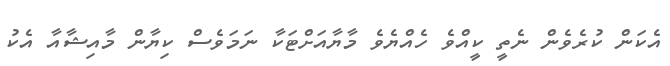
އެކަން ކުރެވެން ނެތީ ކީއްވެ ހެއްޔެވެ މާޔާއަށްޓަކާ ނަމަވެސް ކިޔާން މާއިޝާއާ އެކު